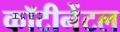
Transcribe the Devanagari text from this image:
कॉटीनेंटल